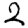
Digit: 2